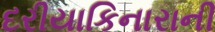
દરીયાકિનારાની